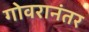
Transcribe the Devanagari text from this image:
गोवरानंतर